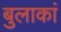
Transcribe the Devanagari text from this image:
बुलाकां